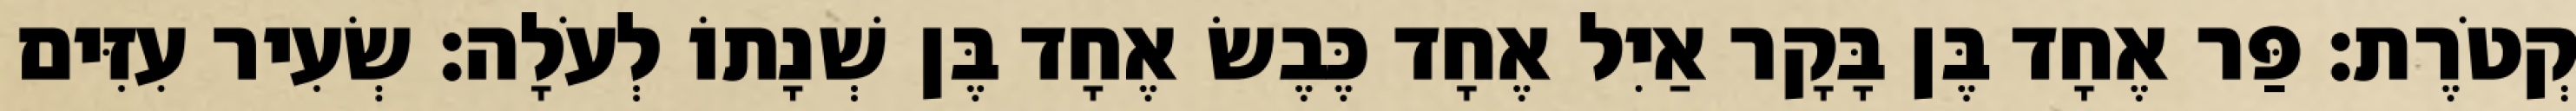
קְטֹרֶת׃ פַּר אֶחָד בֶּן בָּקָר אַיִל אֶחָד כֶּבֶשׂ אֶחָד בֶּן שְׁנָתוֹ לְעֹלָה׃ שְׂעִיר עִזִּים